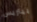
بيتريس